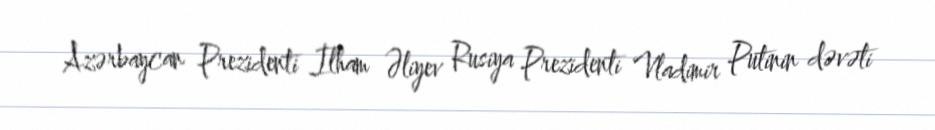
Azərbaycan Prezidenti İlham Əliyev Rusiya Prezidenti Vladimir Putinin dəvəti